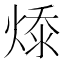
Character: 𭵔